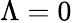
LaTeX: \Lambda=0